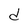
Character: d